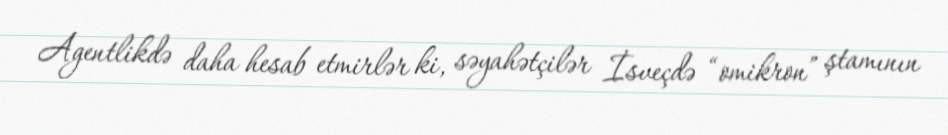
Agentlikdə daha hesab etmirlər ki, səyahətçilər İsveçdə “omikron” ştamının